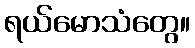
ရယ်မောသံတွေ။